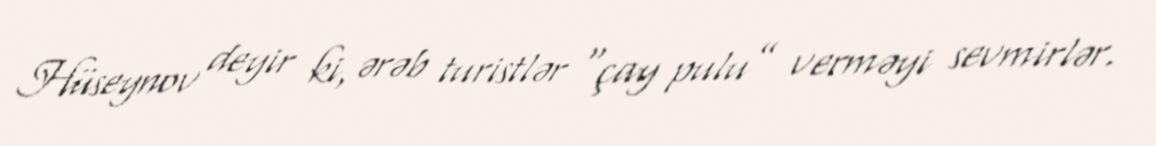
Hüseynov deyir ki, ərəb turistlər “çay pulu” verməyi sevmirlər.